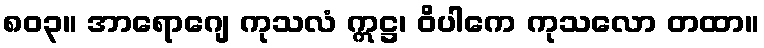
၈၀၃။ အာရောဂျေ ကုသလံ ဣဋ္ဌ၊ ဝိပါကေ ကုသလော တထာ။